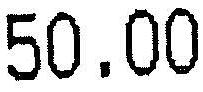
50.00